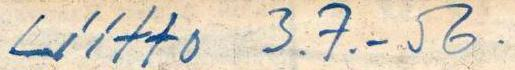
Liitto 3.7.-56.